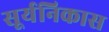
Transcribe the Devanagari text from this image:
सूर्यनिकास